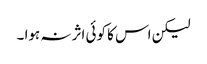
لیکن اس کا کوئی اثر نہ ہوا ۔